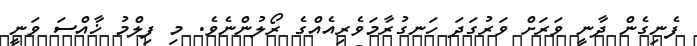
ފެނިގެން ދާނީ ވަރަށް ވަރުގަދަ ހަނގުރާމަވެރިއެއްގެ ރޯލުންނެވެ. މި ފިލްމު ޚާއްސަ ވަނީ